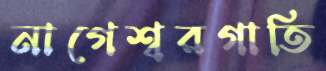
নাগেশ্বরগাতি